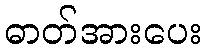
ဓာတ်အားပေး